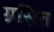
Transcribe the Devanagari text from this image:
ग्रसित